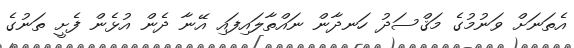
އެތަނަށް ވަނުމުގެ މަޤްސަދު ހަނދާން ނައްތާލައިފައި އޭނާ ދެން އުޅެން ފެށީ ތަނުގެ